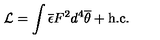
{ \cal L } = \int \overline { { \epsilon } } F ^ { 2 } d ^ { 4 } \overline { { \theta } } + \mathrm { h . c . }